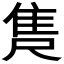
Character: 𮥺